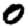
Digit: 0